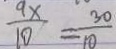
\frac { 9 x } { 1 0 } = \frac { 3 0 } { 1 0 }